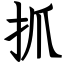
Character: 抓